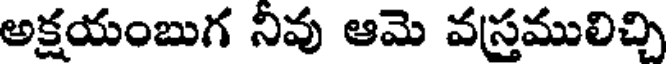
అక్షయంబుగ నివు ఆమె వస్రములిచ్చి